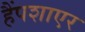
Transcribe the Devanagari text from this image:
हैंपशाएर